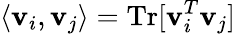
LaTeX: \langle\mathbf{v}_{i},\mathbf{v}_{j}\rangle=\mathrm{{Tr}}[\mathbf{v}_{i}^{T}\mathbf{v}_{j}]